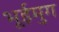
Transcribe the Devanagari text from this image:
भूईमुग